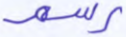
رسم